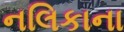
નલિકાના